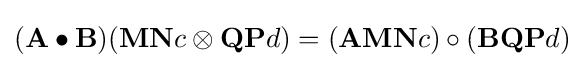
(\mathbf {A} \bullet \mathbf {B} )(\mathbf {M} \mathbf {N} c\otimes \mathbf {Q} \mathbf {P} d)=(\mathbf {A} \mathbf {M} \mathbf {N} c)\circ (\mathbf {B} \mathbf {Q} \mathbf {P} d)